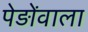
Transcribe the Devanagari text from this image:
पेड़ोंवाला